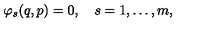
\varphi _ { s } ( q , p ) = 0 , \quad s = 1 , \dots , m ,